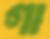
গা